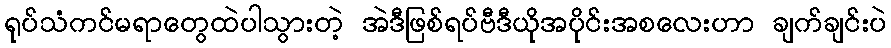
ရုပ်သံကင်မရာတွေထဲပါသွားတဲ့ အဲဒီဖြစ်ရပ်ဗီဒီယိုအပိုင်းအစလေးဟာ ချက်ချင်းပဲ